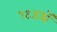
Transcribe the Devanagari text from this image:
१९४वॉ